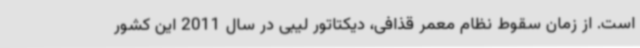
است. از زمان سقوط نظام معمر قذافی، دیکتاتور لیبی در سال 2011 این کشور